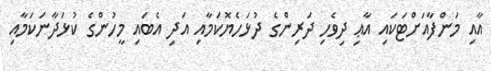
އާއި މަންފާއަށްޓަކައި އާޢި ދިވެހި ދަރިންގެ ދުޅަހެޔޮކަމާއި އަދި އެބައި މީހުންގެ ކުޅަދާނަކަމާއި